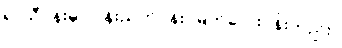
ရာသီပန်းမှာ ပုန်းညက်ပန်း၊ မြတ်လေးပန်းတည်း။